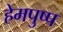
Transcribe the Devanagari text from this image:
हेमपुष्प